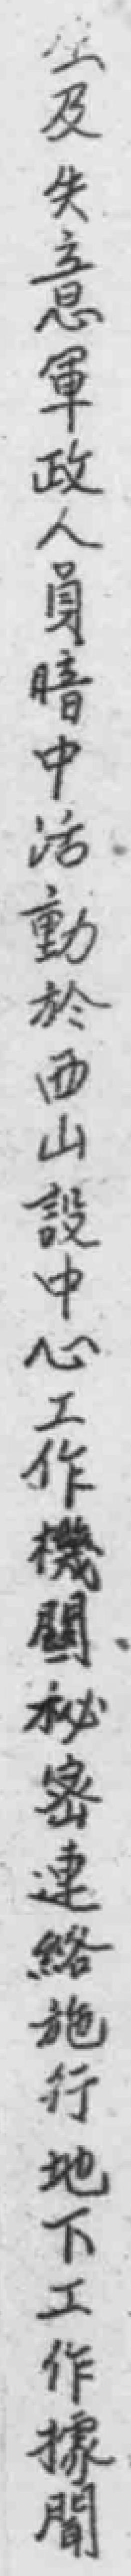
*及失意軍政人員暗中活動於西山設中心工作機闗秘密連絡施行地下工作據聞